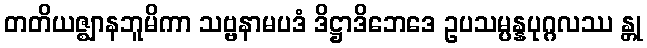
တတိယဇ္ဈာနဘူမိကာ သဗ္ဗနာမပဒံ ဒိဋ္ဌာဒိဘေဒေ ဥပသမ္ပန္နပုဂ္ဂလဿ န္တု